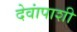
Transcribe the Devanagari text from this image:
देवांपाशी